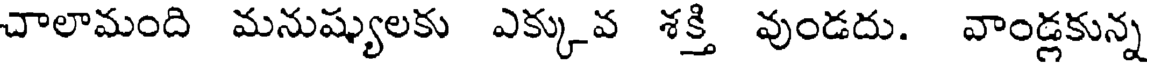
చాలామంది మనుష్యులకు ఎక్కువ శక్తి వుండదు. వాండ్లకున్న